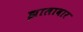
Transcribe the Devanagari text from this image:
झालावार